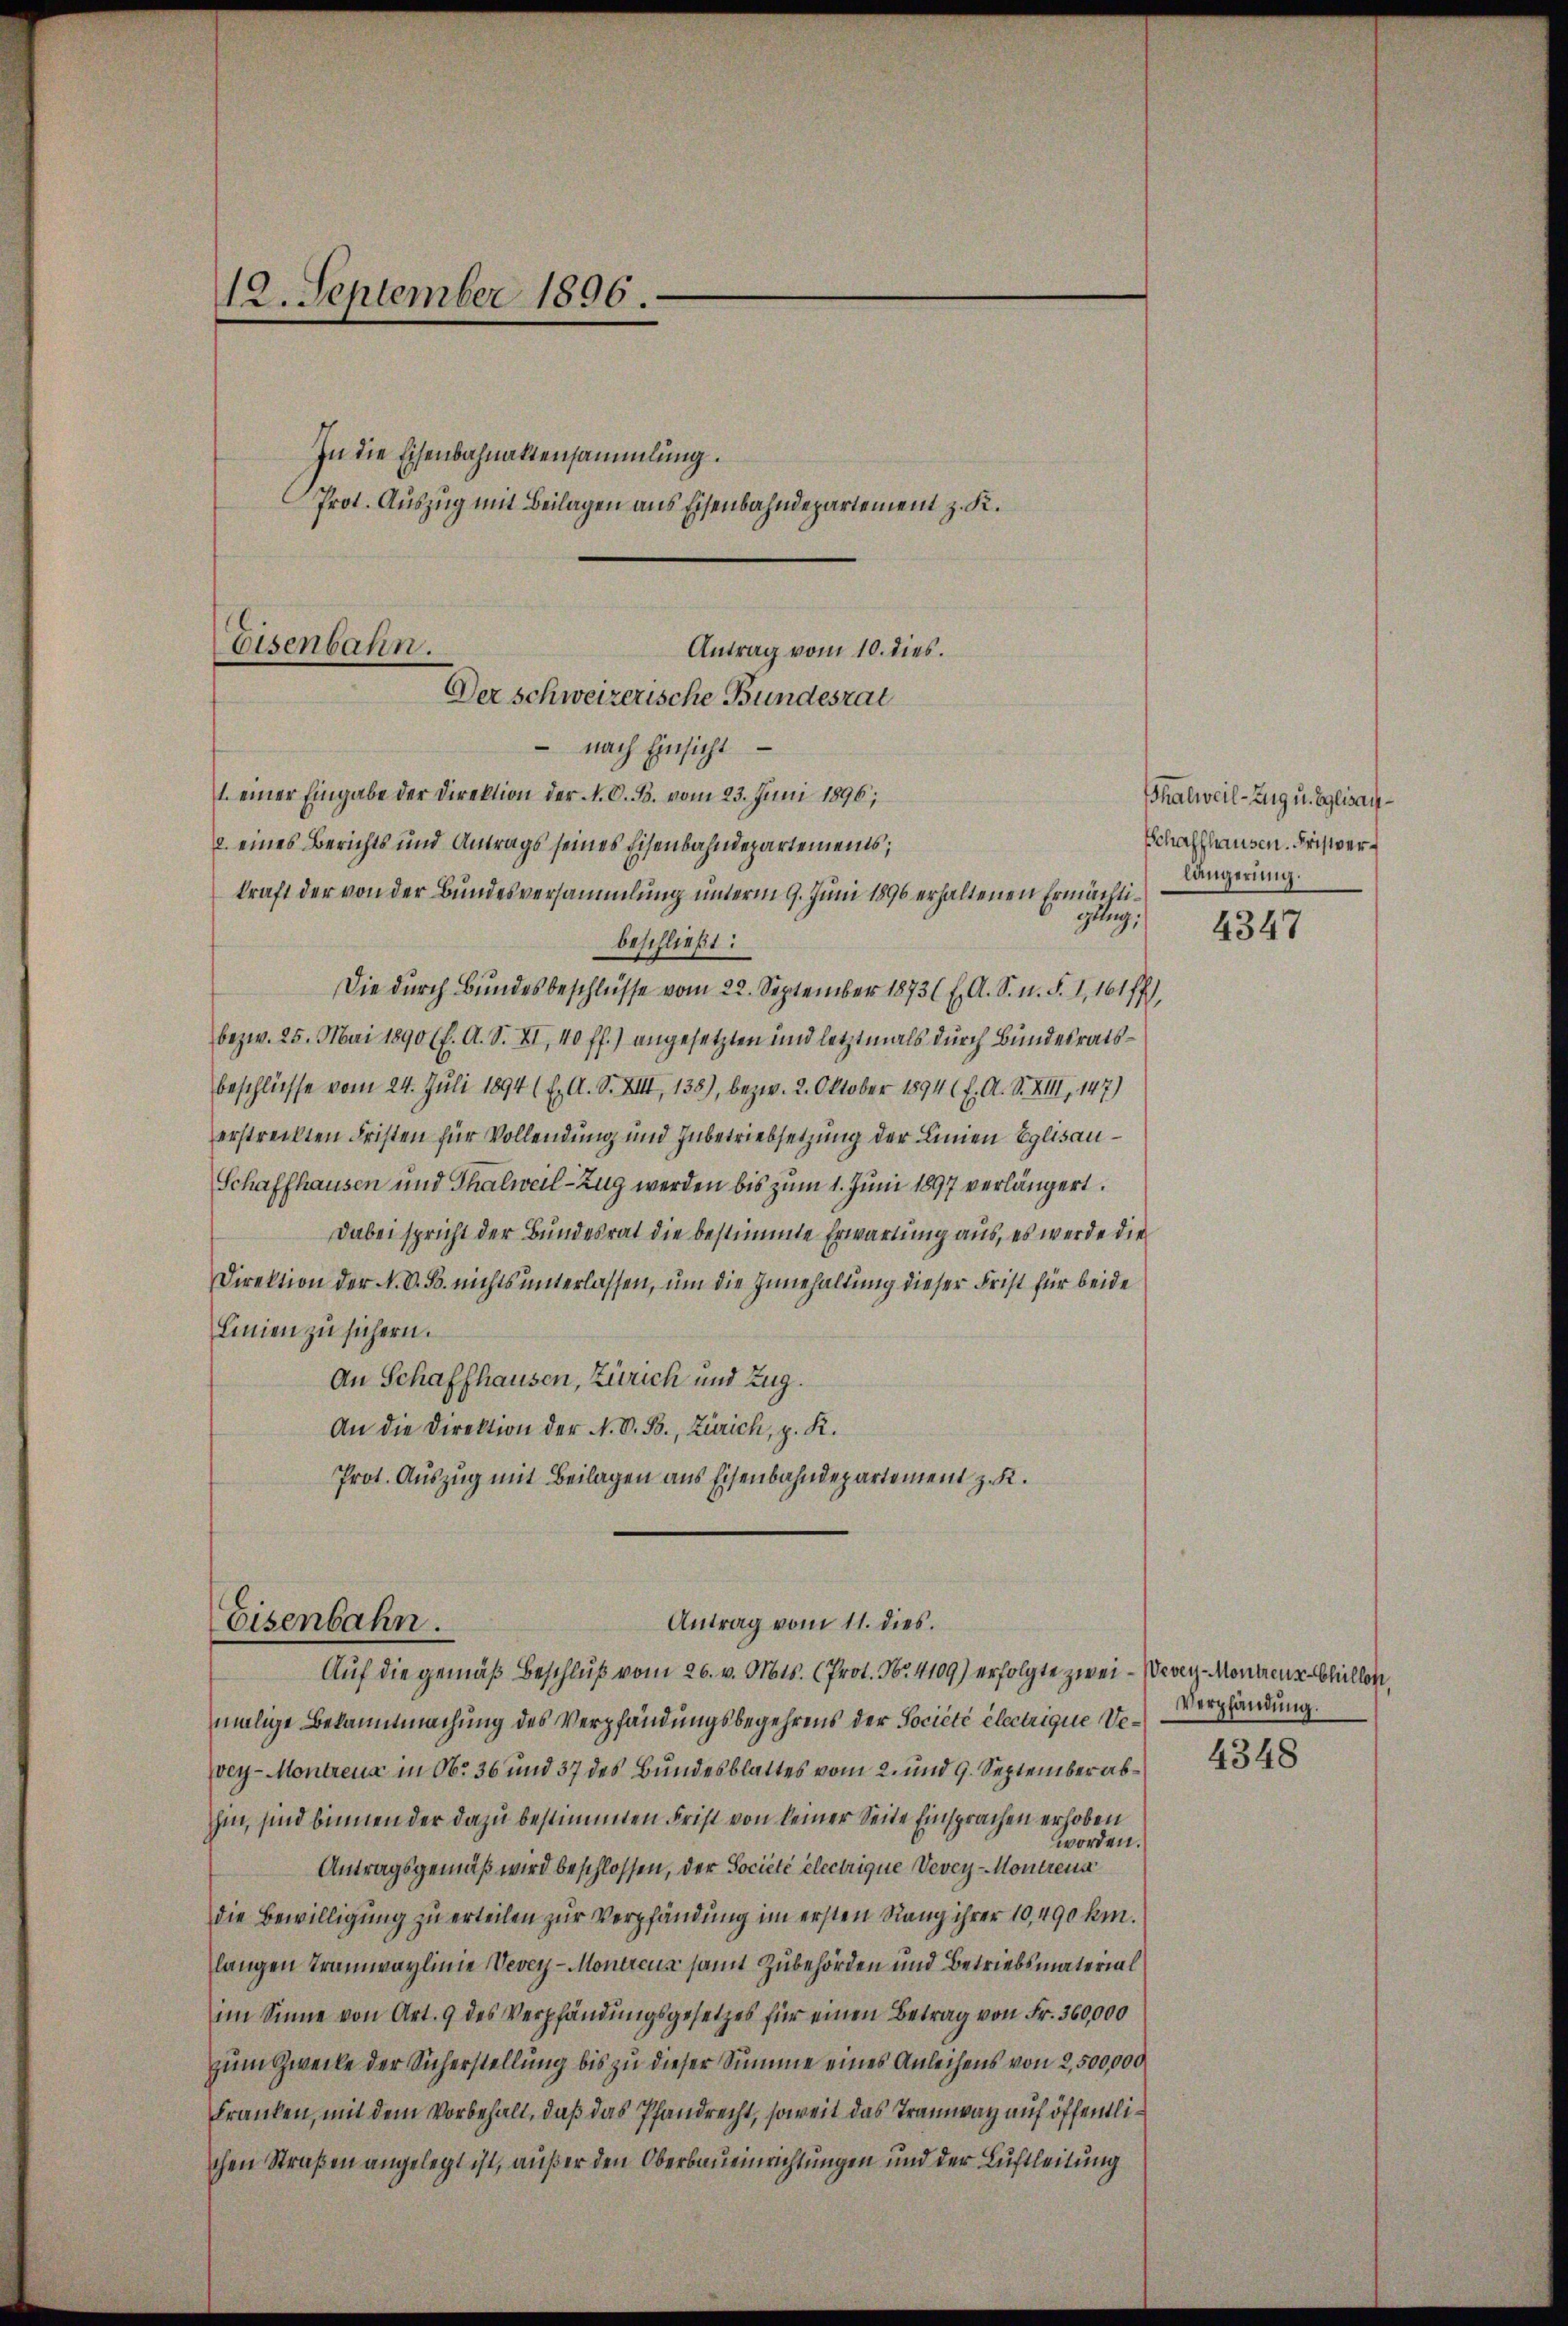
12. September 1896.

In die Eisenbahnaktensammlung.
Antrag vom 10. dies.
 nach Einsicht
1. einer Eingabe der Direktion der N. O. B. vom 23. Juni 1896;
2. eines Berichts und Antrags seines Eisenbahndepartements;
kraft der von der Bundesversammlung unterm 9. Juni 1896 erhaltenen Ermächtigllng;
beschließt:
Die durch Bundesbeschlüsse vom 22. September 1873 f. A. S. n. F. I, 161 ff.
bezw. 25. Mai 1890 (f. A. S. XI, 40 ff.) angesetzten und letztmals durch Bundesratsbeschliesse vom 24. Juli 1894 1 E. A. S. XIII, 138), bezw. 2. Oktober 1894 f. A. S. XIII, 147)
erstreckten Fristen für Vollendung und Inbetriebsetzung der Linien Eglisau¬
Schaffhausen und Thalweil-Zug werden bis zum 1. Juni 1897 verlängert.
Dabei spricht der Bundesrat die bestimmte Erwartung aus, es werde die
Direktion der N. V. B. nichts unterlassen, um die Innehaltung dieser Frist für beide
Linien zu sichern.
An Schaffhausen, Zürich und Zug.
An die Direktion der N. V. B., Zürich, p. K.
Prot. Auszug mit Beilagen aus Eisenbahndepartement z. B.
Antrag vom 11. dies
Eisenbahn.
Auf die gemäß Beschlŭβ vom 26. v. Mts. (Prot. No. 4109) erfolgte zwei- Vevey-Montreux Chillen.
malige Bekanntmachung des Verpfändungsbegehrens der Société électrigue Vevey-Montreux in No 36 und 37 des Bundesblattes vom 2. und 9. September abhin, sind binnen der dazu bestimmten Frist von keiner Seite Einsprachen erhoben
worden.
Antragsgemäß wird beschlossen, der Societé electrigue Vevey-Montreux
die Bewilligung zu erteilen zur Verpfändung im ersten Rang ihrer 10,490 km.
langen Tramwaylinie Vevey-Montrcus samt Zubehörden und Betriebsmaterial
im Sinne von Art. 9 des Verpfändungsgesetzes für einen Betrag von Fr. 360,000
zum Zwecke der Sicherstellung bis zu dieser Summe eines Anleihens von 2,500,000
Franken, mit dem Vorbehalt, daß das Pfandrecht, soweit das Tramway auf öffentlichen Straßen angelegt ist, außer den Oberbaueinrichtungen und der Luftleitung

Prot. Auszug mit Beilagen aus Eisenbahndepartement z. K.

Eisenbahn.
Der schweizerische Bundesrat

Thalweil-Zug u. Eglisau¬
Schaffhausen. Fristverlängerung.

4347

Verpfändung.

4348